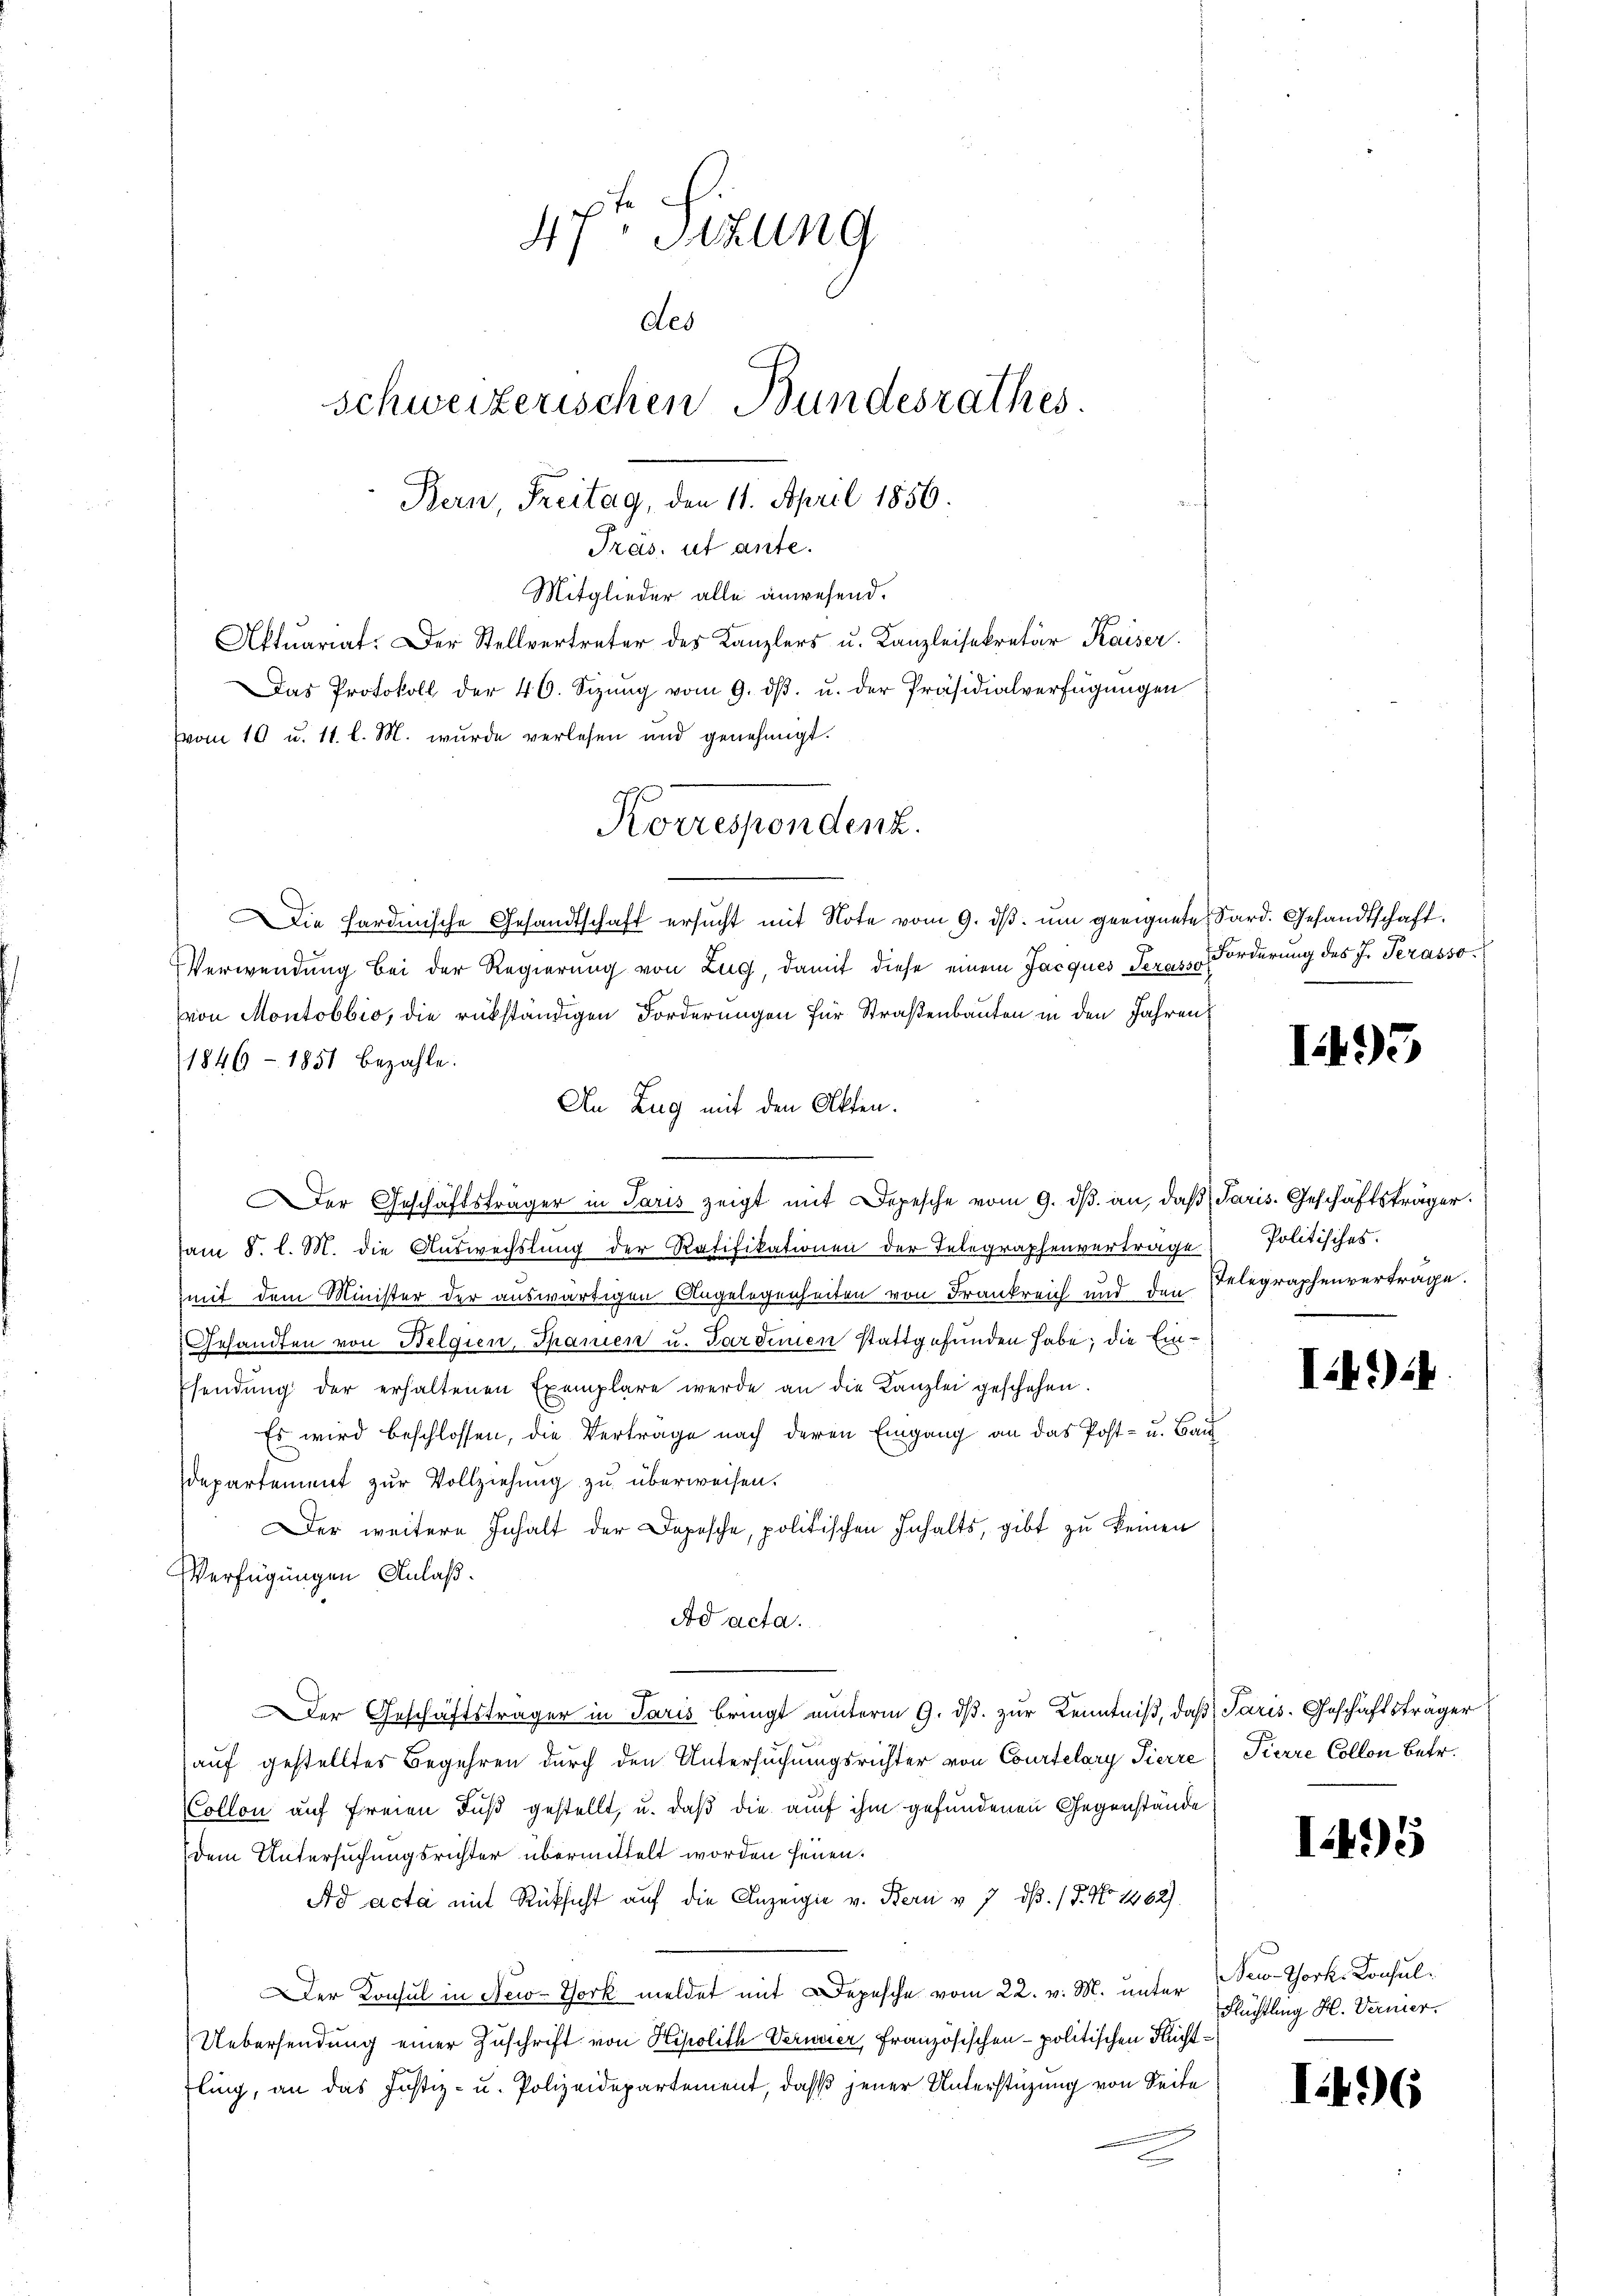
(vom 10 u. 11. l. M. wurde verlesen und genehmigt.
Die Sardinische Gesandtschaft ersucht mit Note vom 9. ds. um geeignete Sard. Gesandtschaft.
Verwendung bei der Regierung von Zug, damit diese einem Jacques Serasso
von Montobbio, die rükständigen Forderungen für Straßenbauten in den Jahren
1846 - 1851 bezahle.
An Zug mit den Akten.
am 8. l. M. die Auswechslung der Ratifikationen der Telegraphenverträge Politisches.
mit dem Minister der auswärtigen Angelegenheiten von Frankreich und den Gelegraphenverträge.
Gesandten von Belgien, Spanien u. Sardinien stattgefunden habe; die Ein¬
Esendung der erhaltenen Exemplare werde an die Kanzlei geschehen.
Es wird beschlossen, die Vertrage nach deren Eingang an das Post- u. Bau
departement zur Vollziehung zu überweisen.
Der weitere Inhalt der Depesche, politischen Inhalts, gibt zu keinen
Verfügungen Anlaß.
Ad acta.
Der Geschäftsträger in Paris bringt unterm 9. dβ. zur Kenntniß, daß Paris. Geschäftsträger
auf gestelltes Begehren durch den Untersuchungsrichter von Courtelary Pierre Pierre Collon Betr.
Collon auf Freien Fuß gestellt, u. daß die auf ihm gefundenen Gegenstände
dem Untersuchungsrichter übermittelt worden heuen.
Ad acta mit Rücksicht auf die Anzeigen v. Bern v. 7 dß. / P. No 1462)
Der Konsul in New-York meldet mit Depesche vom 22. v. M. unter
Uebersendung einer Zuschrift von Hipolith Verweier, Französischen politischen Richtfling, an das Justiz- u. Polizeidepartement, dass jener Unterstüzung von Seite

47t Sizung
des
schweizerischen Bundesrathes.
Bern, Freitag, den 11. April 1856.

Präs. ut ante.
Mitglieder alle anwesend.
Aktuariat. Der Stellvertreter des Kanzlers u. Kanzleisekretär Kaiser.

Das Protokoll der 40. Sizŭng vom 9. dβ. u. der Präsidialverfügungen

Korrespondenz.

er Geschäftsträger in Paris zeigt mit Depesche vom 9. dβ an, daß Paris. Geschäftsträger

Forderung des J. Serasso

1495

I4)

I.195

New-York- Konsul
Flüchtling H. Vernier.

I496.